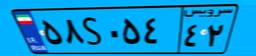
۵۸S۰۵۴۴۲